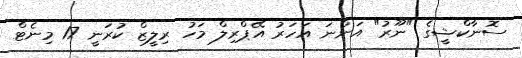
ސޮނާކްޝީގެ "ނޫރު" އަންނަ އަހަރު އޭޕްރިލް މަހު ރިލީޒް ކުރަނީ 17 މިނެޓް